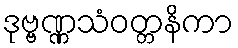
ဒုဗ္ဗဏ္ဏသံဝတ္တနိကာ